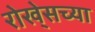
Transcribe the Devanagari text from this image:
रोखे्सच्या